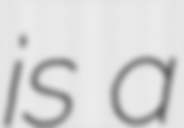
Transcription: is a